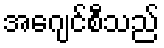
အေဂျင်စီသည်